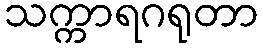
သက္ကာရဂရုတာ